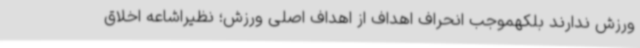
ورزش ندارند بلکهموجب انحراف اهداف از اهداف اصلی ورزش؛ نظیراشاعه اخلاق